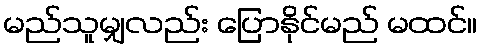
မည်သူမျှလည်း ပြောနိုင်မည် မထင်။